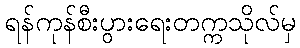
ရန်ကုန်စီးပွားရေးတက္ကသိုလ်မှ